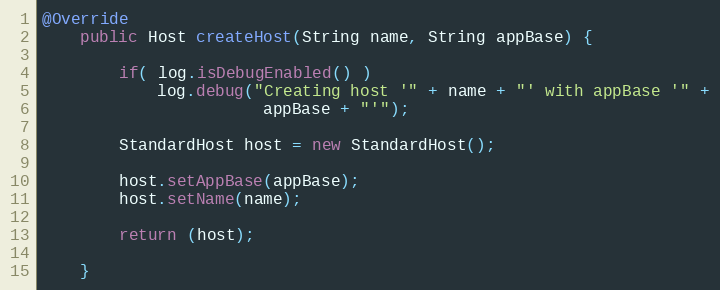
Language: Java
@Override
	public Host createHost(String name, String appBase) {

        if( log.isDebugEnabled() )
            log.debug("Creating host '" + name + "' with appBase '" +
                       appBase + "'");

        StandardHost host = new StandardHost();

        host.setAppBase(appBase);
        host.setName(name);

        return (host);

    }